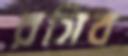
রসিব